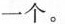
一个。